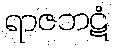
ရာဇဘဋံ